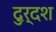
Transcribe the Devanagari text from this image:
दुर्दश